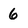
Character: 6